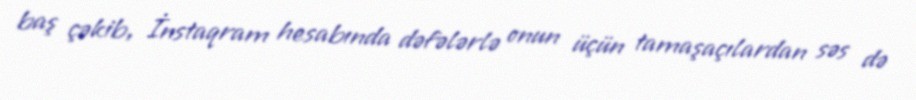
baş çəkib, İnstaqram hesabında dəfələrlə onun üçün tamaşaçılardan səs də